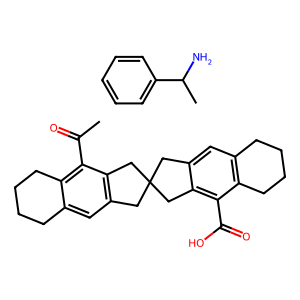
SMILES: CC(=O)c1c2c(cc3c1CC1(C3)Cc3cc4c(c(C(=O)O)c3C1)CCCC4)CCCC2.CC(N)c1ccccc1
Inhibits HIV replication: No